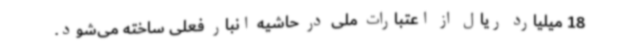
18 میلیارد ریال از اعتبارات ملی در حاشیه انبار فعلی ساخته می‌شود.